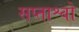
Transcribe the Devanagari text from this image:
सप्ताश्वो